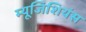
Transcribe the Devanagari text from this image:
म्यूजिशियंस